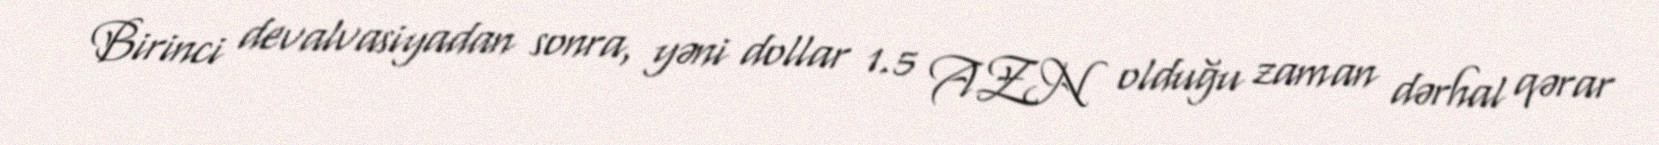
Birinci devalvasiyadan sonra, yəni dollar 1.5 AZN olduğu zaman dərhal qərar